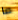
ما